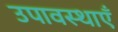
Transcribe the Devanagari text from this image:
उपावस्थाएँ